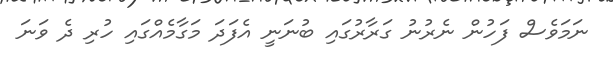
ނަމަވެސް ފަހުން ނެރުނު ގަރާރުގައި ބުނަނީ އެފަދަ މަގާމެއްގައި ހުރި ދެ ވަނަ